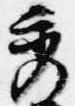
秀